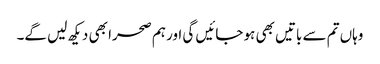
وہاں تم سے باتیں بھی ہو جائیں گی اور ہم صحرا بھی دیکھ لیں گے۔